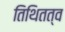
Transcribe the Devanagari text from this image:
तिथितत्व